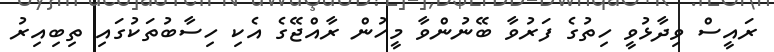
ރައީސް ވިދާޅުވީ ހިތުގެ ފަރުވާ ބޭނުންވާ މީހުން ރާއްޖޭގެ އެކި ހިސާބުތަކުގައި ތިބިއިރު